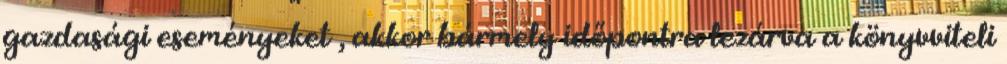
gazdasági eseményeket , akkor bármely időpontra lezárva a könyvviteli